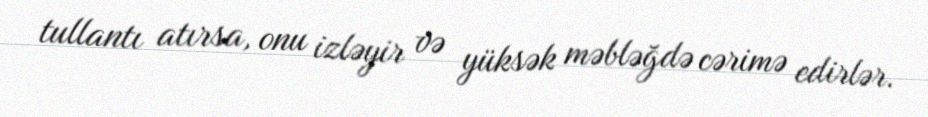
tullantı atırsa, onu izləyir və yüksək məbləğdə cərimə edirlər.